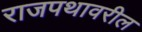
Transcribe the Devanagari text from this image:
राजपथावरील